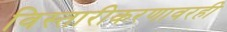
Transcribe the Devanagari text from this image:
विस्तारीकरणावरही